Statistical return of the lunatic asylum in Assam - 1912-1932
Year: 1912
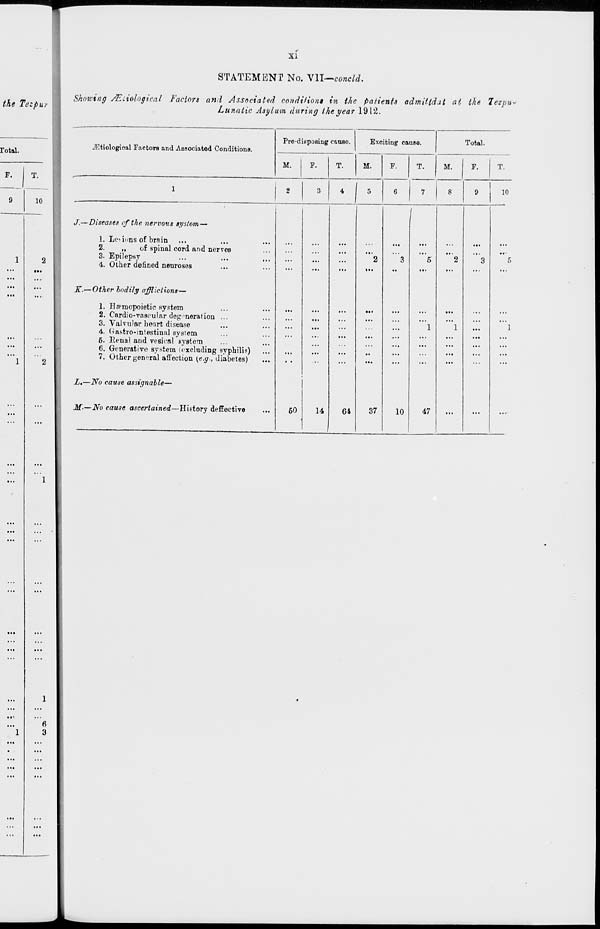
XI
STATEMENT No. Vll—concld.
the Tezpur
Showing JEiiological Factors and Associated condition* in the patients admittdat at the Tezpu*
Lunatic Asylum during the year 1912.
Total.
F.
T.
9
10
6
9
...
...
•
...
...
...
...
...
...
...
^tiologioal Factors and Associated Conditions.
Pro-disposing cause
Exciting causa.
Total.
M.
F.
T.
M.
F.
T.
M.
F.
T.
1
i
2
3
4
5
6
7
8
9
10
J.—Diseases of the nervous system—
1. Let- inns of brain
2.
„
of spinal cord and nerveB
3. Epilepsy
4. Other defined neuroses
K.—Other bodily afflictions—
1. HfPrnopoietio system
2. Cardio-vascular degeneration ...
3. Valvular heart disease
4. Gastro-intestinal system
6. Renal and vesical system
6. Generative system (excluding syphilis)
7. Other general affection {e.g., diabetes)
L.—No cause assignable—
M-—No cause ascertained—Hietory deffective
60
14
61
"'2
37
"3
10
1
"5
"l
47
*2
' 1
1
3
*5
"l